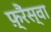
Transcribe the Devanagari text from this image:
फ़्रैंस्वा